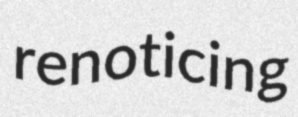
renoticing